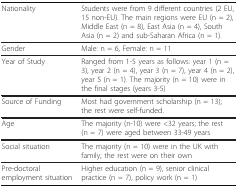
<table><thead><tr><td><b>Nationality</b></td><td><b>Students were from 9 different countries (2 EU, 15 non-EU). The main regions were EU (n = 2), Middle East (n = 8), East Asia (n = 4), South Asia (n = 2) and sub-Saharan Africa (n = 1).</b></td></tr></thead><tbody><tr><td>Gender</td><td>Male: n = 6, Female: n = 11</td></tr><tr><td>Year of Study</td><td>Ranged from 1-5 years as follows: year 1 (n = 3), year 2 (n = 4), year 3 (n = 7), year 4 (n = 2), year 5 (n = 1). The majority (n = 10) were in the final stages (years 3-5)</td></tr><tr><td>Source of Funding</td><td>Most had government scholarship (n = 13); the rest were self-funded.</td></tr><tr><td>Age</td><td>The majority (n-10) were &lt;32 years; the rest (n = 7) were aged between 33-49 years</td></tr><tr><td>Social situation</td><td>The majority (n = 10) were in the UK with family; the rest were on their own</td></tr><tr><td>Pre-doctoral employment situation</td><td>Higher education (n = 9), senior clinical practice (n = 7), policy work (n = 1)</td></tr></tbody></table>